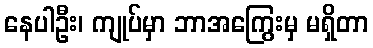
နေပါဦး၊ ကျုပ်မှာ ဘာအကြွေးမှ မရှိတာ